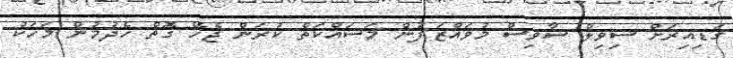
ގަޑިއިރަށް ސިވިލް ސާވިސް މުވައްޒަފުން މަސައްކަތް ކުރަން ޖެހޭ ގޮތް ހެދުމުން މަހަކު